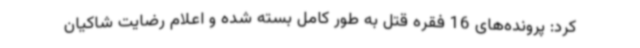
کرد: پرونده‌های 16 فقره قتل به طور کامل بسته شده و اعلام رضایت شاکیان